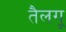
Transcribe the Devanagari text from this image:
तैलगू